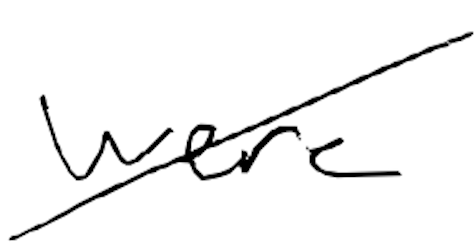
Text: were
Cross-out: diagonal
Writing tool: digital_black